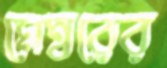
মেম্বরের